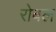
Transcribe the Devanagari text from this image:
रोबल